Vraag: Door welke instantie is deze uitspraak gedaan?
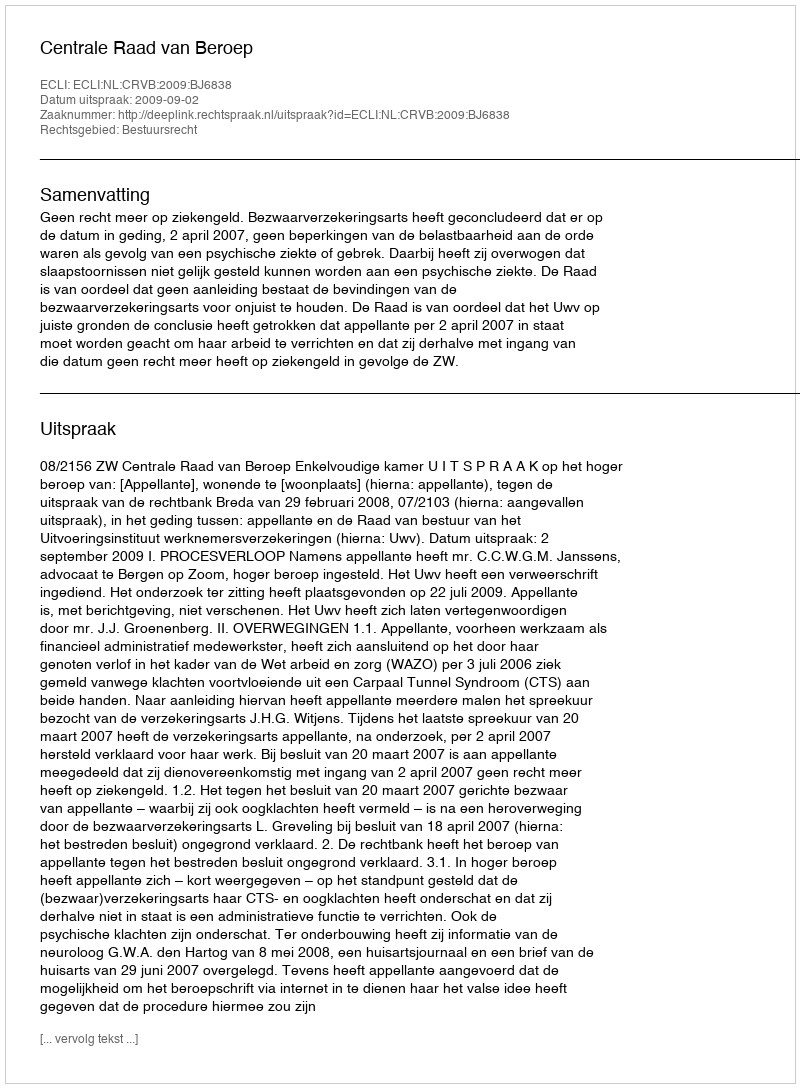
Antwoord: Centrale Raad van Beroep